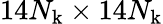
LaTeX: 14N_{\mathrm{k}}\times 14N_{\mathrm{k}}